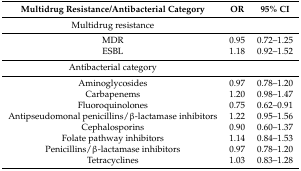
<table><thead><tr><td><b>Multidrug Resistance/Antibacterial Category</b></td><td><b>OR</b></td><td><b>95% CI</b></td></tr></thead><tbody><tr><td>Multidrug resistance</td><td></td><td></td></tr><tr><td>MDR</td><td>0.95</td><td>0.72–1.25</td></tr><tr><td>ESBL</td><td>1.18</td><td>0.92–1.52</td></tr><tr><td>Antibacterial category</td><td></td><td></td></tr><tr><td>Aminoglycosides</td><td>0.97</td><td>0.78–1.20</td></tr><tr><td>Carbapenems</td><td>1.20</td><td>0.98–1.47</td></tr><tr><td>Fluoroquinolones</td><td>0.75</td><td>0.62–0.91</td></tr><tr><td>Antipseudomonal penicillins/β-lactamase inhibitors</td><td>1.22</td><td>0.95–1.56</td></tr><tr><td>Cephalosporins</td><td>0.90</td><td>0.60–1.37</td></tr><tr><td>Folate pathway inhibitors</td><td>1.14</td><td>0.84–1.53</td></tr><tr><td>Penicillins/β-lactamase inhibitors</td><td>0.97</td><td>0.78–1.20</td></tr><tr><td>Tetracyclines</td><td>1.03</td><td>0.83–1.28</td></tr></tbody></table>